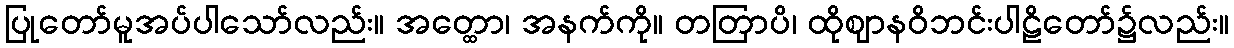
ပြုတော်မူအပ်ပါသော်လည်း။ အတ္ထော၊ အနက်ကို။ တတြာပိ၊ ထိုဈာနဝိဘင်းပါဠိတော်၌လည်း။